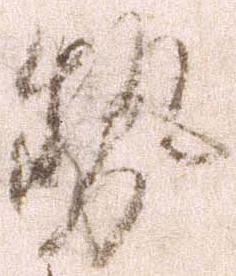
勢